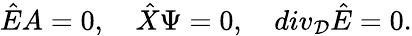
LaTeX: {\hat{E}}A=0,\quad{\hat{X}}\Psi=0,\quad div_{\cal D}{\hat{E}}=0.